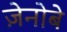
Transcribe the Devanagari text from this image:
ज़ेनोबे